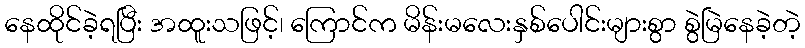
နေထိုင်ခဲ့ရပြီး အထူးသဖြင့်၊ ကြောင်က မိန်းမလေးနှစ်ပေါင်းများစွာ စွဲမြဲနေခဲ့တဲ့